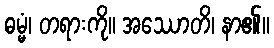
ဓမ္မံ၊ တရားကို။ အဿောတိ၊ နာ၏။